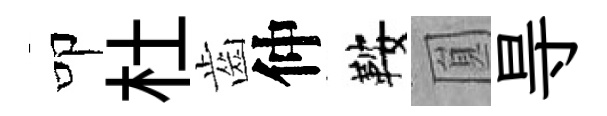
叩杜齒仲鞍圎㝵